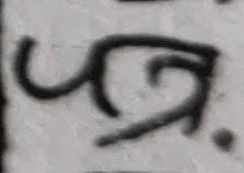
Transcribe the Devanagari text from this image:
त्र